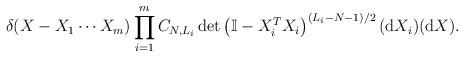
LaTeX: \begin{align*}\delta(X-X_1\cdots X_m)\prod_{i=1}^mC_{N,L_i}\,\mathrm{det}\left(\mathbb{I}-X_i^TX_i\right)^{(L_i-N-1)/2}(\mathrm{d}X_i)(\mathrm{d}X).\end{align*}